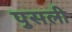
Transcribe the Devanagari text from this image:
पुसली